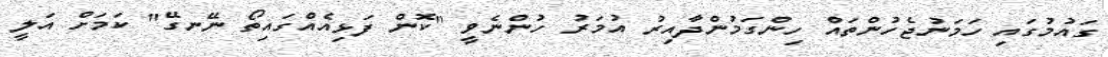
ގައުމުގައި ހަމަނުޖެހުންތައް ހިންގަމުންދާއިރު އުމަރު ހުންނެވީ "ކޮން ފަޅިއެއްގައިތޯ ނޭނގޭ" ކަމަށް އަލީ